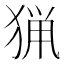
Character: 猟